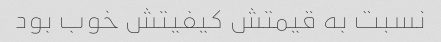
نسبت به قیمتش کیفیتش خوب بود